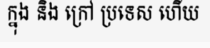
ក្នុង និង ក្រៅ ប្រទេស ហើយ